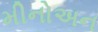
મીનોઅન